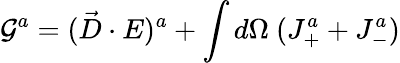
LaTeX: {\cal{G}}^{a}=(\vec{D}\cdot E)^{a}+\int d\Omega~(J_{+}^{a}+J_{-}^{a})